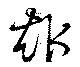
趣